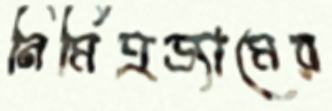
নির্মিত্রড্যামের